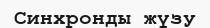
Синхронды жүзу